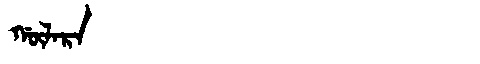
Manchu: ᡤᡡᠯᠠᡵᠠ
Romanization: GŪLARA